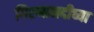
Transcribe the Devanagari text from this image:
गिरणानदीच्या